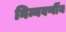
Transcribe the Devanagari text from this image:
निम्नवर्णीय